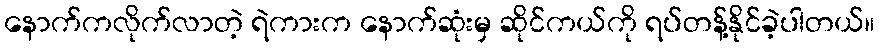
နောက်ကလိုက်လာတဲ့ ရဲကားက နောက်ဆုံးမှ ဆိုင်ကယ်ကို ရပ်တန့်နိုင်ခဲ့ပါတယ်။